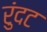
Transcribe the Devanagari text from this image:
रुंदट